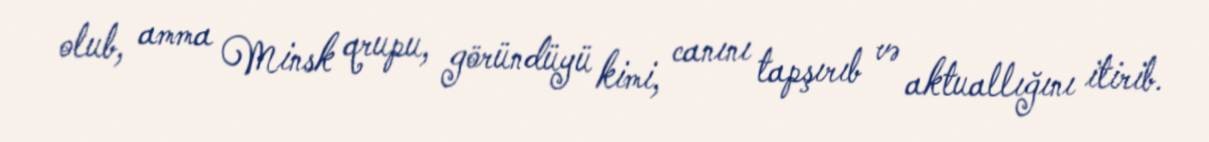
olub, amma Minsk qrupu, göründüyü kimi, canını tapşırıb və aktuallığını itirib.